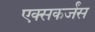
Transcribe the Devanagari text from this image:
एक्सकर्जंस